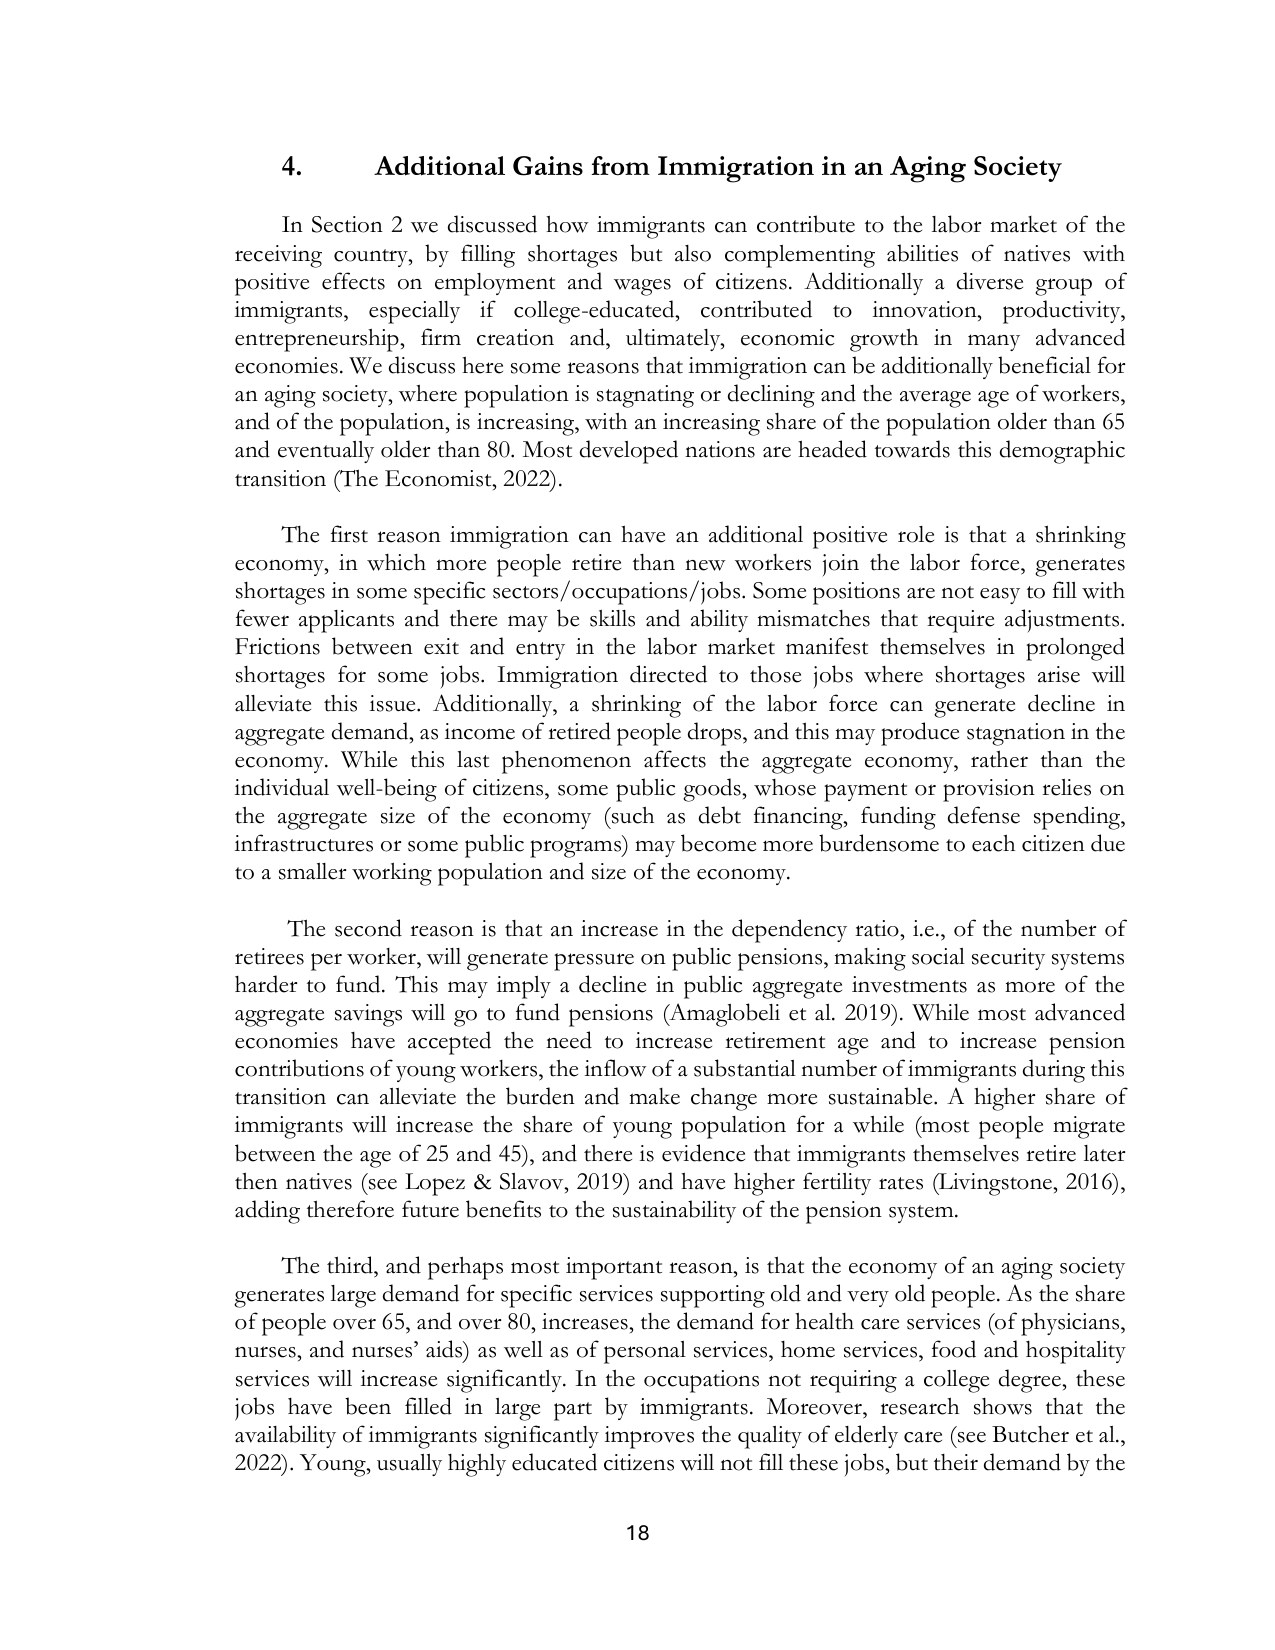
4. Additional Gains from Immigration in an Aging Society

In Section 2 we discussed how immigrants can contribute to the labor market of the receiving country, by filling shortages but also complementing abilities of natives with positive effects on employment and wages of citizens. Additionally a diverse group of immigrants, especially if college-educated, contributed to innovation, productivity, entrepreneurship, firm creation and, ultimately, economic growth in many advanced economies. We discuss here some reasons that immigration can be additionally beneficial for an aging society, where population is stagnating or declining and the average age of workers, and of the population, is increasing, with an increasing share of the population older than 65 and eventually older than 80. Most developed nations are headed towards this demographic transition (The Economist, 2022).

The first reason immigration can have an additional positive role is that a shrinking economy, in which more people retire than new workers join the labor force, generates shortages in some specific sectors/occupations/jobs. Some positions are not easy to fill with fewer applicants and there may be skills and ability mismatches that require adjustments. Frictions between exit and entry in the labor market manifest themselves in prolonged shortages for some jobs. Immigration directed to those jobs where shortages arise will alleviate this issue. Additionally, a shrinking of the labor force can generate decline in aggregate demand, as income of retired people drops, and this may produce stagnation in the economy. While this last phenomenon affects the aggregate economy, rather than the individual well-being of citizens, some public goods, whose payment or provision relies on the aggregate size of the economy (such as debt financing, funding defense spending, infrastructures or some public programs) may become more burdensome to each citizen due to a smaller working population and size of the economy.

The second reason is that an increase in the dependency ratio, i.e., of the number of retirees per worker, will generate pressure on public pensions, making social security systems harder to fund. This may generate a decline in public aggregate investments as more of the aggregate savings will go to fund pensions (Amaglobeli et al. 2019). While most advanced economies have accepted the need to increase retirement age and to increase pension contributions of young workers, the inflow of a substantial number of immigrants during this transition can alleviate the burden and make change more sustainable. A higher share of immigrants will increase the share of young population for a while (most people migrate between the age of 25 and 45), and there is evidence that immigrants themselves retire later then natives (see Lopez & Slavov, 2019) and have higher fertility rates (Livingstone, 2016), adding therefore future benefits to the sustainability of the pension system.

The third, and perhaps most important reason, is that the economy of an aging society generates large demand for specific services supporting old and very old people. As the share of people over 65, and over 80, increases, the demand for health care services (of physicians, nurses, and nurses’ aids) as well as of personal services, home services, food and hospitality services will increase significantly. In the occupations not requiring a college degree, these jobs have been filled in large part by immigrants. Moreover, research shows that the availability of immigrants significantly improves the quality of elderly care (see Butcher et al., 2022). Young, usually highly educated citizens will not fill these jobs, but their demand by the

18